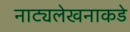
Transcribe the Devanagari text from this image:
नाट्यलेखनाकडे